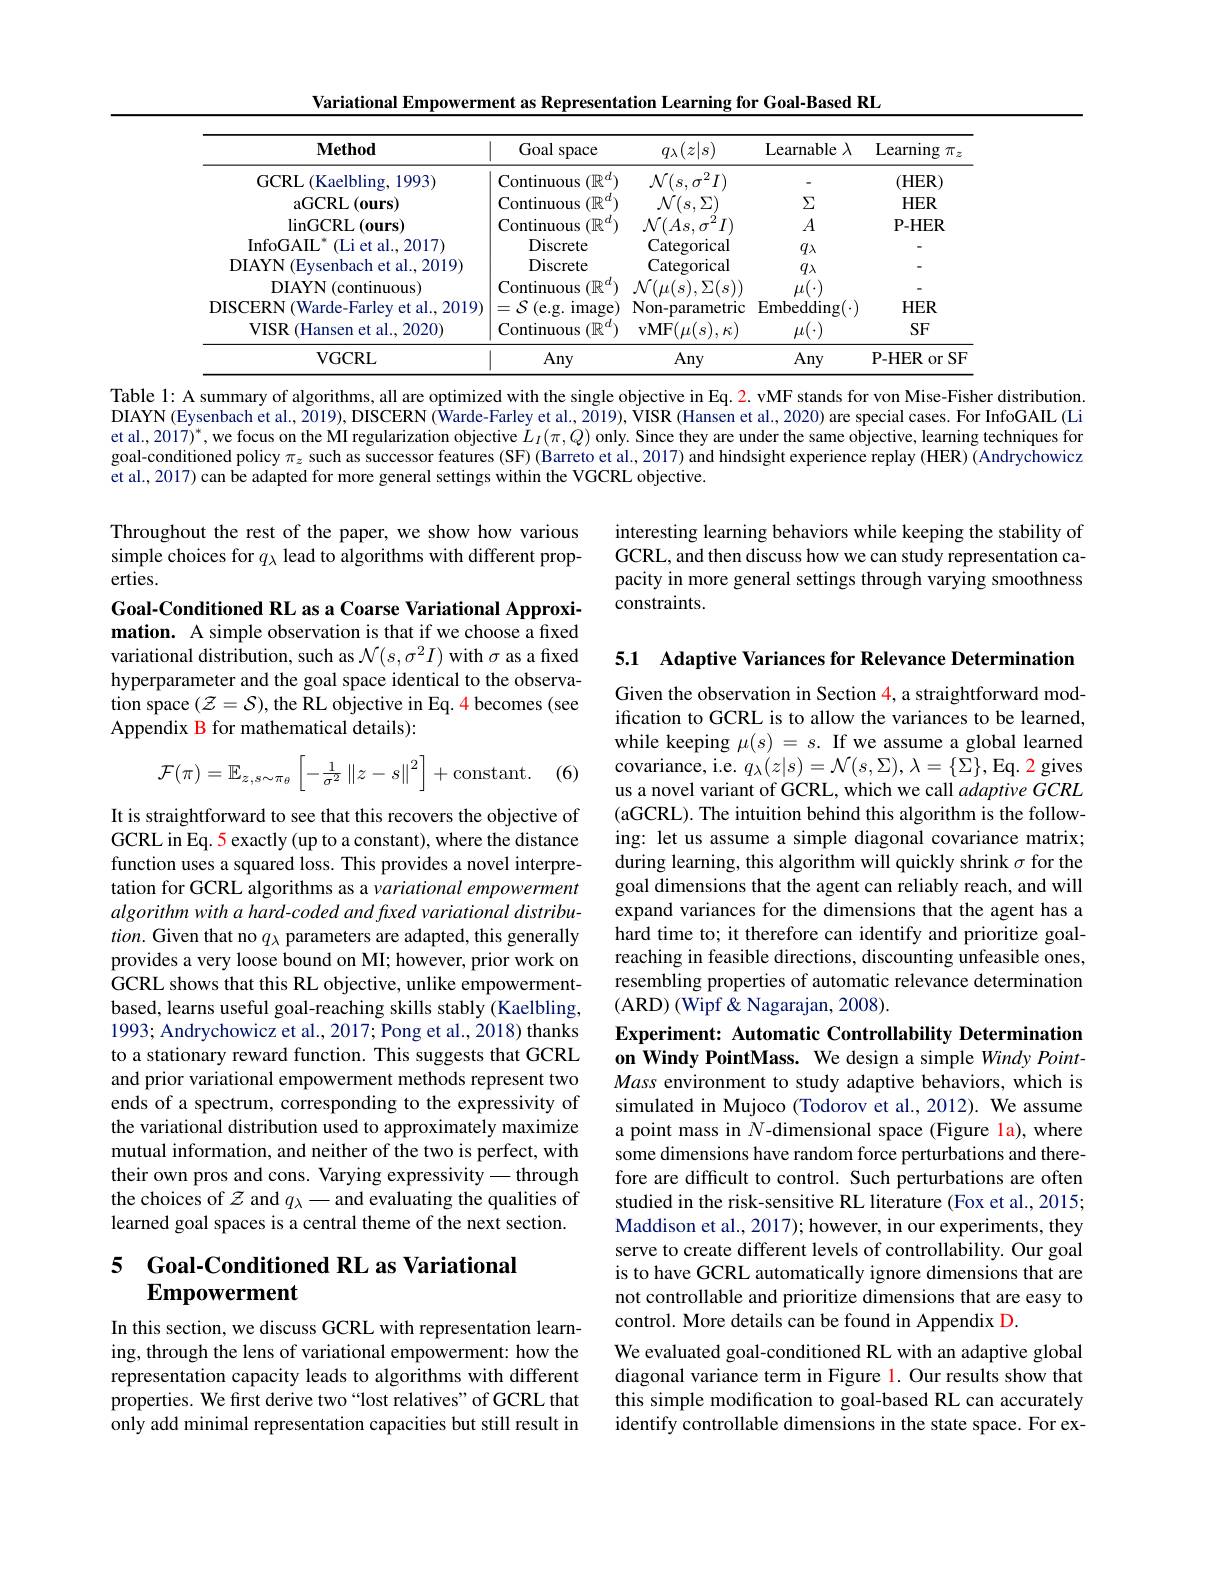
Variational Empowerment as Representation Learning for Goal-Based RL

<table>
	<tbody>
		<tr>
			<th>$\mathbf{Method}$</th>
			<th>Goal space</th>
			<th>$q_{\lambda}(z|s)$</th>
			<th>Learnable $\lambda$</th>
			<th>Learning $\pi.$ </th>
		</tr>
		<tr>
			<td>GCRL (Kaelbling, 1993)</td>
			<td>Continuous $(\mathbb{R}^d)$</td>
			<td>$\mathcal{N}(s,\sigma^{2}I)$</td>
			<td> </td>
			<td>(HER)</td>
		</tr>
		<tr>
			<td>aGCRL(0urs)</td>
			<td>Continuous $(\mathbb{R}$</td>
			<td>$\mathcal{N}(s,\Sigma)$</td>
			<td>$\Sigma$</td>
			<td>$HER$</td>
		</tr>
		<tr>
			<td>$\operatorname{linGCRL}($ours)</td>
			<td>Continuous $(\mathbb{R}$</td>
			<td>$\mathcal{N}(As,c)$ $AT$</td>
			<td>$A$</td>
			<td>$\mathbf{P-HER}$</td>
		</tr>
		<tr>
			<td>$\mathrm{InfoGAIL}^{*}$ (Li et al., 2017) 1</td>
			<td>Discrete</td>
			<td>Categorical</td>
			<td>$q_{\lambda}$</td>
			<td> </td>
		</tr>
		<tr>
			<td>DIAYN (Eysenbach et al., 2019) 11</td>
			<td>Discrete</td>
			<td>Categorical</td>
			<td>$q_{\lambda}$</td>
			<td> </td>
		</tr>
		<tr>
			<td>DIAYN(continuous)</td>
			<td>Continuous $(\mathbb{R}$ ri</td>
			<td>$\mathcal{N}(\mu(s),\Sigma(s))$</td>
			<td> </td>
			<td> </td>
		</tr>
		<tr>
			<td>DISCERN ( Warde- Farley et al. , 2019) </td>
			<td>$\mathcal{S} \left ( \mathrm{e. g. }\right )$ $\operatorname)$ 二</td>
			<td>Non-parametric</td>
			<td>Embedding(.</td>
			<td>$HER$</td>
		</tr>
		<tr>
			<td>VISR (Hansen et al., 2020)</td>
			<td>Continuous $(\mathbb{R}^d)$</td>
			<td>$\mathbf{vMF}(\mu(s),\kappa)$</td>
			<td>$\mu(\cdot)$</td>
			<td>SF</td>
		</tr>
		<tr>
			<td>VGCRL</td>
			<td>Any</td>
			<td>Any</td>
			<td>Any</td>
			<td>$\mathbf{P-HER}$ SI $or$</td>
		</tr>
	</tbody>
</table>

Table 1: A summary of algorithms, all are optimized with the single objective in Eq. 2. vMF stands for von Mise-Fisher distribution. DIAYN (Eysenbach et al., 2019), DISCERN (Warde-Farley et al., 2019), VISR (Hansen et al., 2020) are special cases. For InfoGAIL (Li et al., 2017)$^*$,we focus on the MI regularization objective $\dot{L}_I(\pi,Q)$ only. Since they are under the same objective, learning techniques for goal-conditioned policy $\pi_z$ such as successor features (SF) (Barreto et al., 2017) and hindsight experience replay (HER) (Andrychowiczend ( et al., 2017) can be adapted for more general settings within the VGCRL objective.

interesting learning behaviors while keeping the stability of GCRL, and then discuss how we can study representation capacity in more general settings through varying smoothness constraints.

Throughout the rest of the paper, we show how various simple choices for $q_\lambda$ lead to algorithms with different properties.
Goal-Conditioned RL as a Coarse Variational Approximation. A simple observation is that if we choose a fixed variational distribution, such as $\mathcal{N}(s,\sigma^2I)$ with $\sigma$ as a fixed hyperparameter and the goal space identical to the observation space $(\mathcal{Z}=\mathcal{S})$, the RL objective in Eq. 4 becomes (see Appendix B for mathematical details):

5.1 Adaptive Variances for Relevance Determination

(6)
$$\mathcal{F}(\pi)=\mathbb{E}_{z,s\sim\pi_{\theta}}\left[-\frac{1}{\sigma^{2}}\left\|z-s\right\|^{2}\right]+\mathrm{constant}.$$
Given the observation in Section 4, a straightforward modification to GCRL is to allow the variances to be learned, while keeping $\mu(s)=s.$ If we assume a global learned covariance, i.e. $q_\lambda(z|s)=\mathcal{N}(s,\Sigma),\lambda=\{\Sigma\}$, Eq. 2 gives us a novel variant of GCRL, which we call adaptive GCRL (aGCRL). The intuition behind this algorithm is the following: let us assume a simple diagonal covariance matrix; during learning, this algorithm will quickly shrink $\sigma$ for the goal dimensions that the agent can reliably reach, and will expand variances for the dimensions that the agent has a hard time to; it therefore can identify and prioritize goalreaching in feasible directions, discounting unfeasible ones, resembling properties of automatic relevance determination (ARD) (Wipf&Nagarajan, 2008).

It is straightforward to see that this recovers the objective of GCRL in Eq. 5 exactly (up to a constant), where the distance function uses a squared loss. This provides a novel interpretation for GCRL algorithms as a variational empowerment algorithm with a hard-coded and fixed variational distribu- $tion.$ Given that no $q_\lambda$ parameters are adapted, this generally provides a very loose bound on MI; however, prior work on GCRL shows that this RL objective, unlike empowermentbased, learns useful goal-reaching skills stably (Kaelbling, 1993; Andrychowicz et al., 2017; Pong et al., 2018) thanks to a stationary reward function. This suggests that GCRL and prior variational empowerment methods represent two ends of a spectrum, corresponding to the expressivity of the variational distribution used to approximately maximize mutual information, and neither of the two is perfect, with their own pros and cons. Varying expressivity- through the choices of $\mathcal{Z}$ and $q_\lambda-$and evaluating the qualities of learned goal spaces is a central theme of the next section.

Experiment: Automatic Controllability Determination

on Windy PointMass. We design a simple Windy PointMass environment to study adaptive behaviors, which is simulated in Mujoco (Todorov et al., 2012). We assume a point mass in $N$-dimensional space (Figure la),where some dimensions have random force perturbations and therefore are difficult to control. Such perturbations are often studied in the risk-sensitive RL literature (Fox et al., 2015; Maddison et al., 2017); however, in our experiments, they serve to create different levels of controllability. Our goal is to have GCRL automatically ignore dimensions that are not controllable and prioritize dimensions that are easy to control. More details can be found in Appendix D.
We evaluated goal-conditioned RL with an adaptive global diagonal variance term in Figure 1. Our results show that this simple modification to goal-based RL can accurately identify controllable dimensions in the state space. For ex-

# 5 Goal-Conditioned RL as Variational Empowerment

In this section, we discuss GCRL with representation learning, through the lens of variational empowerment: how the representation capacity leads to algorithms with different properties. We first derive two“lost relatives”of GCRL that only add minimal representation capacities but still result in